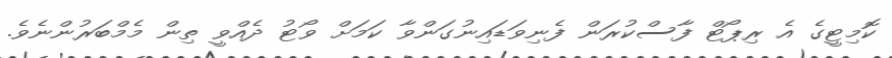
ކޮމިޓީގެ އެ ރިޕޯޓް ފާސްކުރަން ފެނިވަޑައިނުގަންވާ ކަމަށް ވޯޓު ދެެއްވީ ތިން މެމްބަރުންނެވެ.